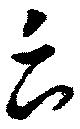
云